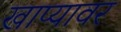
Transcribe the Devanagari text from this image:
खाप्यावर